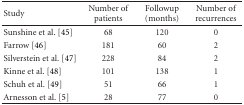
<table><thead><tr><td><b>Study</b></td><td><b>Number of patients</b></td><td><b>Followup (months)</b></td><td><b>Number of recurrences</b></td></tr></thead><tbody><tr><td>Sunshine et al. [45]</td><td>68</td><td>120</td><td>0</td></tr><tr><td>Farrow [46]</td><td>181</td><td>60</td><td>2</td></tr><tr><td>Silverstein et al. [47]</td><td>228</td><td>84</td><td>2</td></tr><tr><td>Kinne et al. [48]</td><td>101</td><td>138</td><td>1</td></tr><tr><td>Schuh et al. [49]</td><td>51</td><td>66</td><td>1</td></tr><tr><td>Arnesson et al. [5]</td><td>28</td><td>77</td><td>0</td></tr></tbody></table>